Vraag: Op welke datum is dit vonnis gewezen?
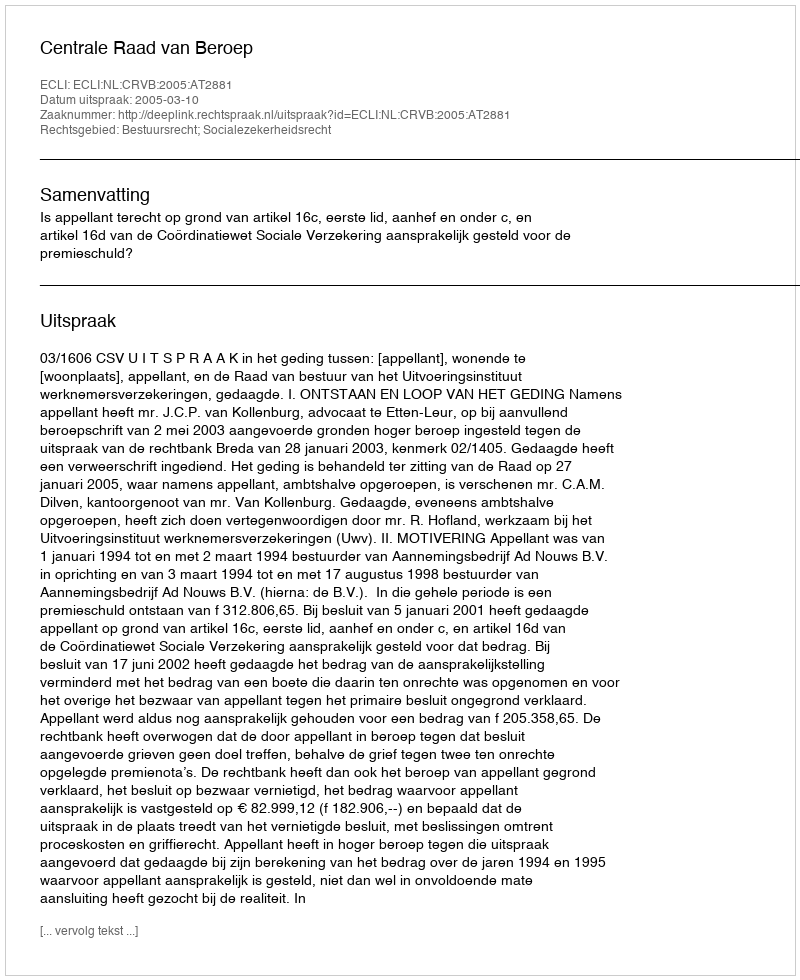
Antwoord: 2005-03-10